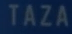
TAZA